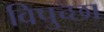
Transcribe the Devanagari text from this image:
विपुच्छा